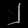
Digit: ၂